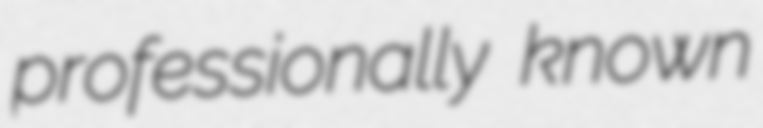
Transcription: professionally known